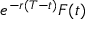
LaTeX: e ^ { - r ( T - t ) } F ( t )